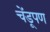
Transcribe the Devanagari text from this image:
चेंडूपण